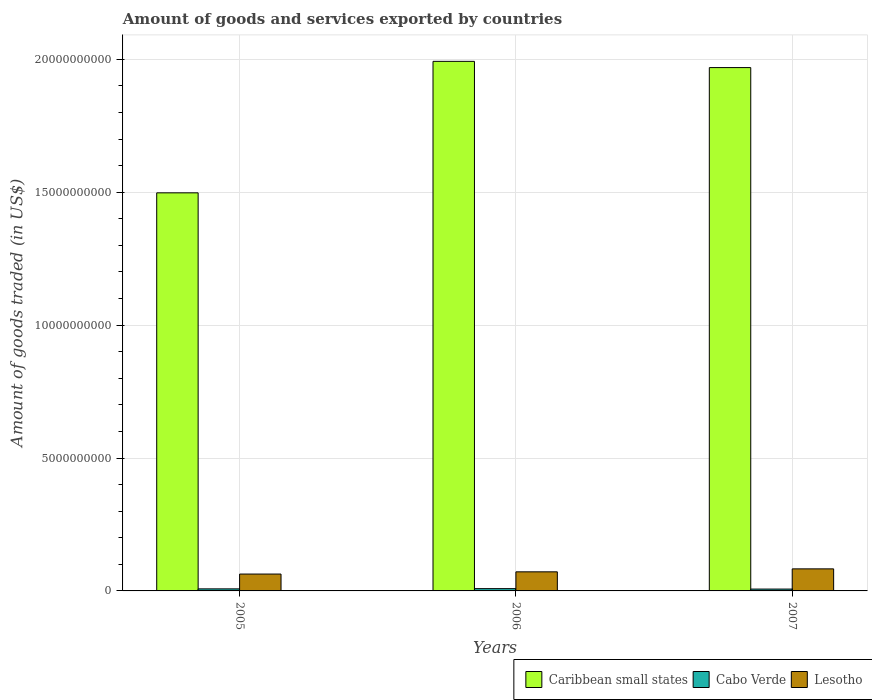
| Years | Caribbean small states | Cabo Verde | Lesotho |
 | --- | --- | --- | --- |
 | 2005 | 1.5e+10 | 7.71e+07 | 6.34e+08 |
 | 2006 | 1.99e+10 | 8.58e+07 | 7.18e+08 |
 | 2007 | 1.97e+10 | 6.97e+07 | 8.3e+08 |